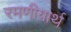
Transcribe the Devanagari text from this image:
रमणीयार्थ